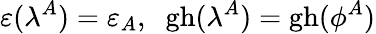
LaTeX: \varepsilon(\lambda^{A})=\varepsilon_{A},\; \; \mathrm{gh}(\lambda^{A})=\mathrm{gh}(\phi^{A})